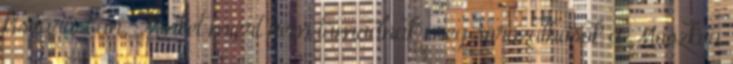
kisvárosban. Minket miért nem támadnak meg sorozathősök a Moszkva